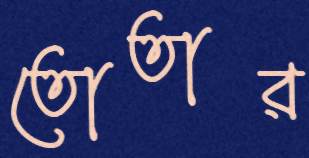
তোতার